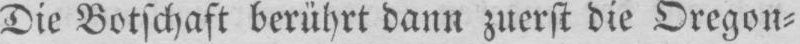
Die Botschaft berührt dann zuerst die Oregon⸗